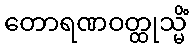
တောရဏဝတ္ထုသ္မိံ